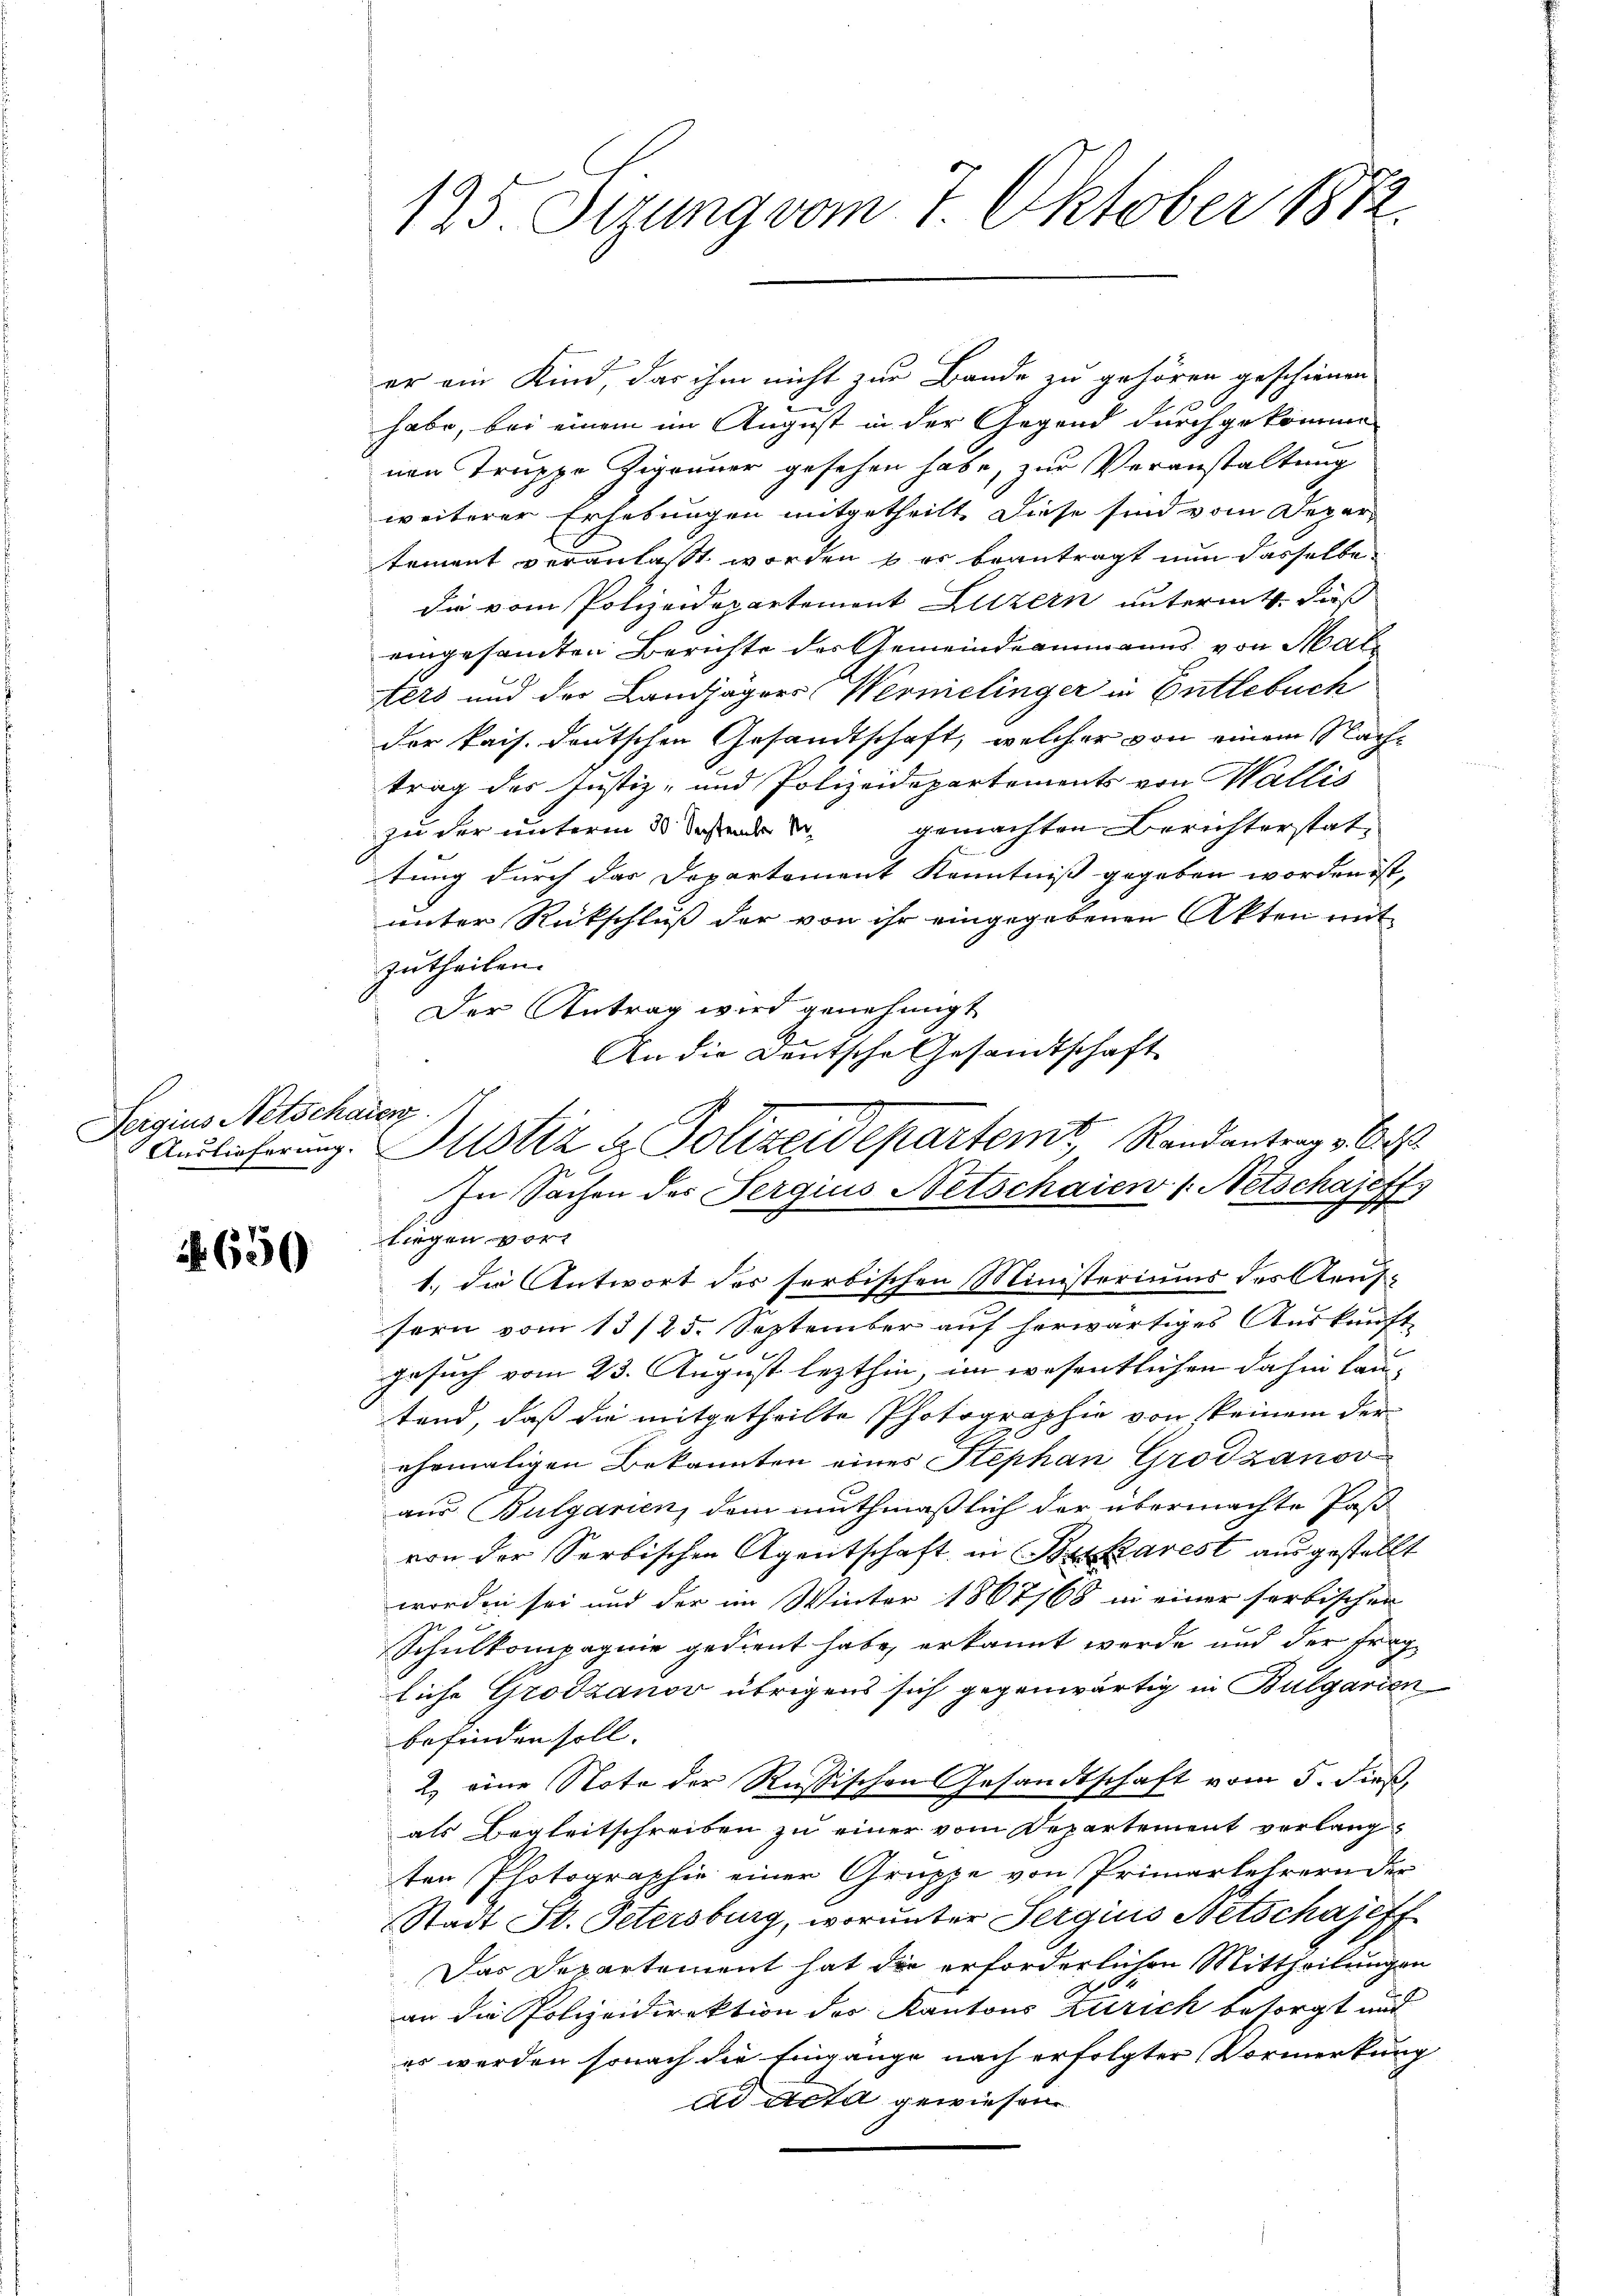
Seigius Netschauen.
Auslieferung.

650

125. Sizung vom 7. Oktober 1872.

er am Kind, das ihm nicht zur Bande zu gehören geschienen

habe, bei einem im August in der Gegend durchgekomme
nen Troppo Gigonner gesehen habe, zur Veranstaltung
weiterer Erhebungen mitgetheilt. Diese sind vom Deper-
tement veranlaßt worden & es beantragt nun dasselbe
die vom Polizeidepartement Luzern untermit, daß
eingesandten Berichte der Gemeindeammanns von Mat¬
Aers und der Landjägers Wernelinger in Entlebuch
der kais. deutschen Gesandtschaft, welcher von einem Nachtrag des Justiz- und Polizeidepartements von Wallis
zu der unterm 30. Septer gemachten Berichterstattung durch das Dopartement Kenntniß gegeben worden ist,
unter Rückschluß der von ihr eingegebenen Akten mit
zutheilen.
Der Antrag wird genehmigt
1.) Die Antwort des serbischen Ministeriums des Aeufsern vom 13/25. September auf herwärtiges Auskunft-
gesuch vom 23. August lezthin, im wesentlichen dahin lantend, daß die mitgetheilte Photographie von keinem der
ehemaligen Bekannten eines Stephan Grodzanov
aus Bulgarien, dem muthmaßlich der übermachte Past
von der Serbischen Agentschaft in Brikarest ausgestellt
worden sei und der im Winter 1867/68 in einer sorbischen
Schulkompagnie gedient habe, erkannt werde und der Frag
liche Grodzanov übrigens sich gegenwärtig in Bulgarden
befinden soll.
2. eine Note der Russischen Gesandtschaft vom 5. dieß,
als Begleitschreiben zu einer vom Departement verlangten Photographie einer Gruppe von Primarlehrern der
Stadt St. Petersburg, worunter Sergius Netschajeff
Das Departement hat die erforderlichen Mittheilungen
an die Polizeidirektion des Kantons Zürich besorgt und
es werden sonach die Eingange nach erfolgter Vormerkung
ad Acta gewiesen

An die Deutsche Gesandtschaft
Justiz & Polizeidepartemt, Randantrage Art.
In Sachen des Sergius Netschaien /: Netschajeff
liegen vor